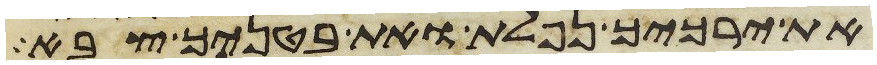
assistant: את ירכיך נפלת ואת בטניך צבא